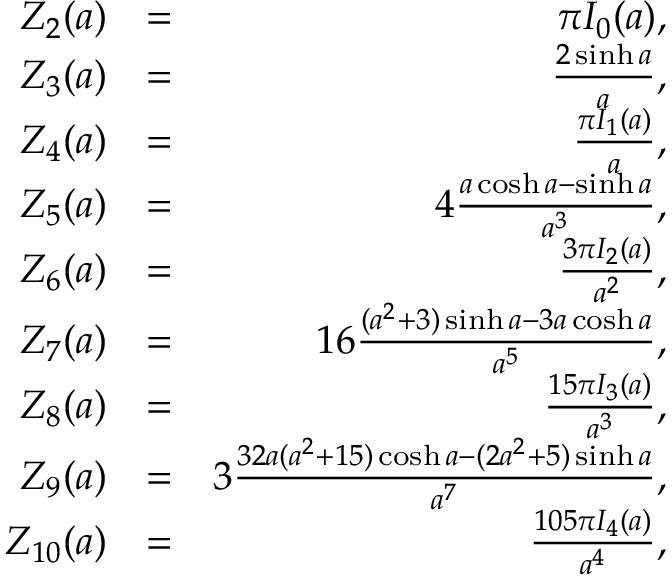
\begin{array} { r l r } { Z _ { 2 } ( a ) } & { = } & { \pi I _ { 0 } ( a ) , } \\ { Z _ { 3 } ( a ) } & { = } & { \frac { 2 \sinh a } { a } , } \\ { Z _ { 4 } ( a ) } & { = } & { \frac { \pi I _ { 1 } ( a ) } { a } , } \\ { Z _ { 5 } ( a ) } & { = } & { 4 \frac { a \cosh a - \sinh a } { a ^ { 3 } } , } \\ { Z _ { 6 } ( a ) } & { = } & { \frac { 3 \pi I _ { 2 } ( a ) } { a ^ { 2 } } , } \\ { Z _ { 7 } ( a ) } & { = } & { 1 6 \frac { ( a ^ { 2 } + 3 ) \sinh a - 3 a \cosh a } { a ^ { 5 } } , } \\ { Z _ { 8 } ( a ) } & { = } & { \frac { 1 5 \pi I _ { 3 } ( a ) } { a ^ { 3 } } , } \\ { Z _ { 9 } ( a ) } & { = } & { 3 \frac { 3 2 a ( a ^ { 2 } + 1 5 ) \cosh a - ( 2 a ^ { 2 } + 5 ) \sinh a } { a ^ { 7 } } , } \\ { Z _ { 1 0 } ( a ) } & { = } & { \frac { 1 0 5 \pi I _ { 4 } ( a ) } { a ^ { 4 } } , } \end{array}